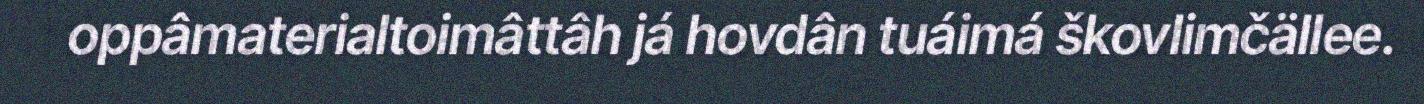
oppâmaterialtoimâttâh já hovdân tuáimá škovlimčällee.